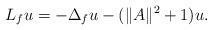
LaTeX: \begin{align*}L_f u=-\Delta_f u-(\|A\|^2+1)u.\end{align*}